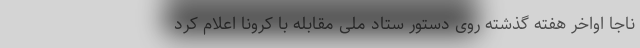
ناجا اواخر هفته گذشته روی دستور ستاد ملی مقابله با کرونا اعلام کرد